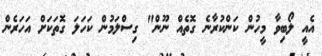
އެއީ ލޯބިވާ މީހުން ކަންކުރާނެ ގޮތެއް ނޫން" ގިސްލަމުން ކަހަލަ ގޮތަކަށް އަހަރެން